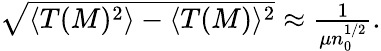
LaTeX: \begin{array}{r}{\sqrt{\langle T(M)^{2}\rangle-\langle T(M)\rangle^{2}}\approx\frac{1}{\mu n_{0}^{1/2}}.}\end{array}